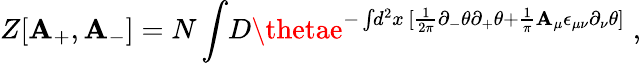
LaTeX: Z[\mathbf{A}_{+},\mathbf{A}_{-}]=N\int\! D\thetae^{-\int\! d^{2}x\, [\frac{{1}}{{2\pi}}\partial_{-}\theta\partial_{+}\theta+\frac{{1}}{{\pi}}\mathbf{A}_{\mu}\epsilon_{\mu\nu}\partial_{\nu}\theta]}\; ,